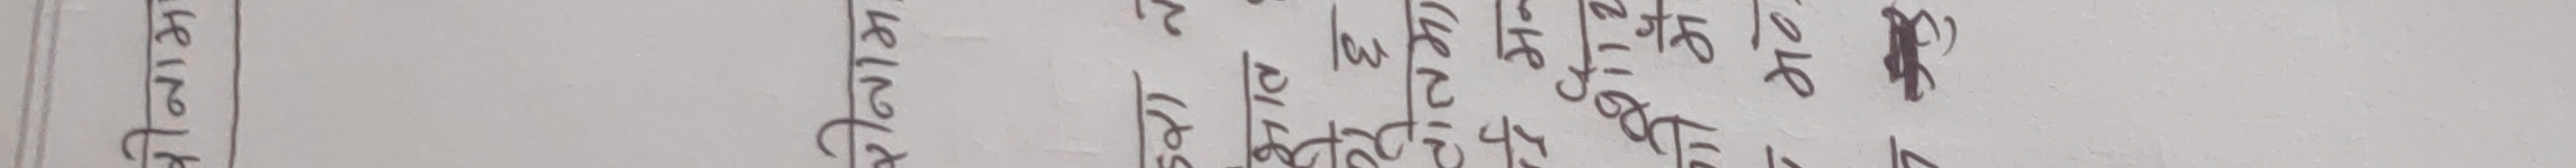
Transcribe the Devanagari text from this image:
नेपाल नेपाल नेपाल नेपाल नेपाल